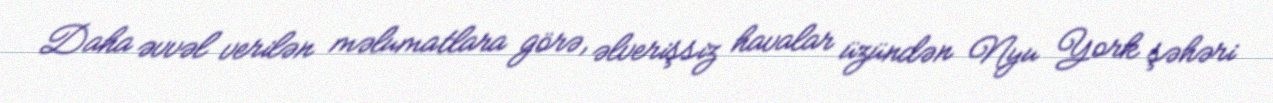
Daha əvvəl verilən məlumatlara görə, əlverişsiz havalar üzündən Nyu York şəhəri